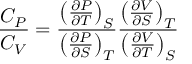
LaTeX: { \frac { C _ { P } } { C _ { V } } } = { \frac { \left( { \frac { \partial P } { \partial T } } \right) _ { S } } { \left( { \frac { \partial P } { \partial S } } \right) _ { T } } } { \frac { \left( { \frac { \partial V } { \partial S } } \right) _ { T } } { \left( { \frac { \partial V } { \partial T } } \right) _ { S } } }